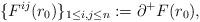
LaTeX: \begin{align*}\{F^{ij}(r_0)\}_{1\le i, j \le n} :=\partial^+F(r_0),\end{align*}